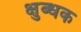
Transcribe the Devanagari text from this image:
क्षुब्धक